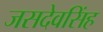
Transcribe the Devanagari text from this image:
जसदेवसिंह